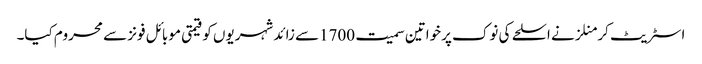
اسٹریٹ کر منلزنے اسلحے کی نوک پرخواتین سمیت 1700سے زائد شہریوں کو قیمتی موبائل فونز سے محروم کیا۔